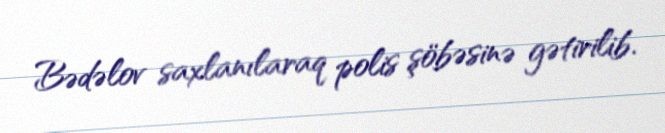
Bədəlov saxlanılaraq polis şöbəsinə gətirilib.